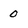
Character: 0